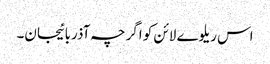
اس ریلوے لائن کو اگرچہ آذربائیجان۔